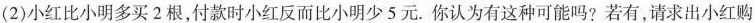
(2)小红比小明多买2根，付款时小红反而比小明少5元。你认为有这种可能吗?若有，请求出小红购